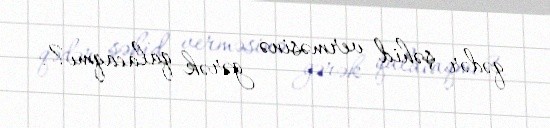
qədər şəhid verməsinə gərək qalacaqmı?.